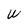
Character: W